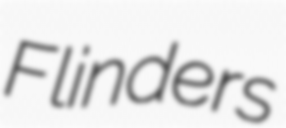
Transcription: Flinders